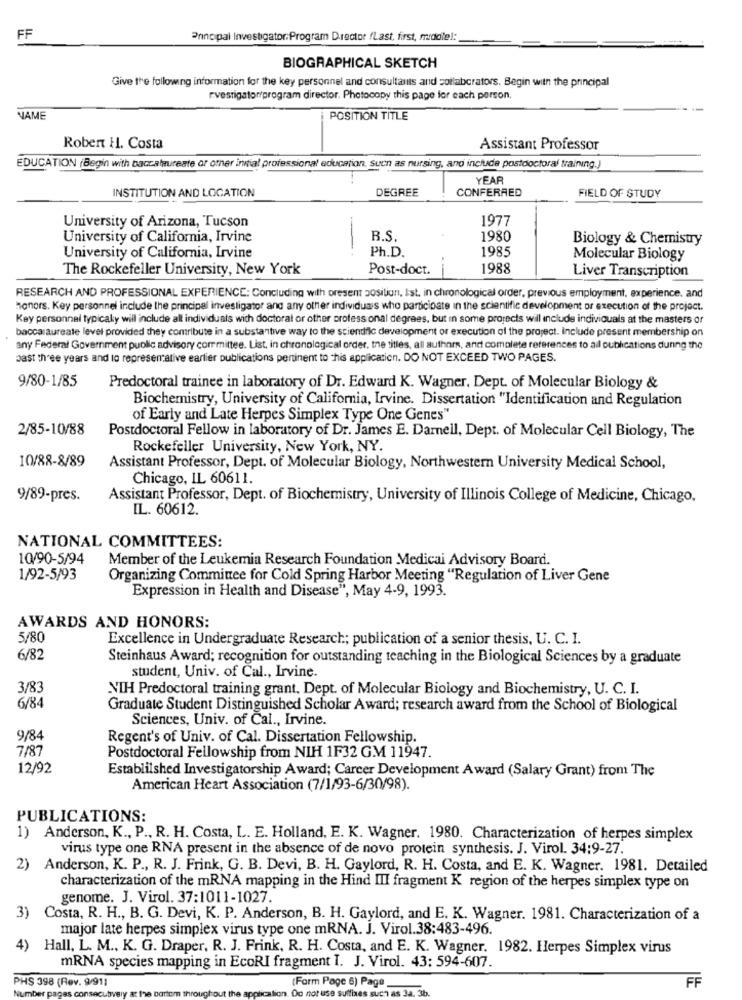
FF
Principal Investigator:Program D.rector fLast, first, middle !:
BIOGRAPHICAL SKETCH
Give the following information for the key personnel and consultants and collaborators. Begin with the principal
rvestigator/program director. Photocopy this page for each person,
NAME
POSITION TITLE
Robert H. Costa
Assistant Professor
EDUCATION (Begin with baccalaureate or omner initial professional education, Such as nursing, and include postdoctoral training.
YEAR
INSTITUTION AND LOCATION
DEGREE
CONFERRED
FIELD OF STUDY
1977
University of Arizona, Tucson
University of California, Irvine
R.S.
1980
Biology & Chemistry
Ph.D.
1985
University of California, Irvine
Molecular Biology
The Rockefeller University, New York
Post-doct.
1988
Liver Transcription
RESEARCH AND PROFESSIONAL EXPERIENCE: Concluding with present position, Ist. in chronological order, previous employment, experience. and
honors. Key personnel include the principal investigator and any other individuals who participate in the scientific development or execution of the project.
Key personnal typicaly will include all individuals with doctoral or other profess onal degrees, but in some projects will include individuals at the masters or
baccalaureate level provided they contribute in a substantive way to the sciendric development or execution of the project. Include present membership on
any Federal Government public advisory committee. List, in chronological order, the titles, all authors, and complete references to ail publications during the
past three years and to representative earlier publications pertinent to this application. DO NOT EXCEED TWO PAGES.
9/80-1/85
Predoctoral trainee in laboratory of Dr. Edward K. Wagner, Dept. of Molecular Biology &
Biochemistry, University of California, Irvine. Dissertation "Identification and Regulation
of Early and Late Herpes Simplex Type One Genes"
2/85-10/88
Postdoctoral Fellow in laboratory of Dr. James E. Darnell, Dept. of Molecular Cell Biology, The
Rockefeller University, New York, NY.
10/88-8/89
Assistant Professor, Dept. of Molecular Biology, Northwestern University Medical School,
Chicago, IL 60611.
9/89-pres.
Assistant Professor, Dept. of Biochemistry, University of Illinois College of Medicine, Chicago,
IL. 60612.
NATIONAL COMMITTEES:
10/90-5/94
Member of the Leukemia Research Foundation Medicai Advisory Board.
1/92-5/93
Organizing Committee for Cold Spring Harbor Meeting "Regulation of Liver Gene
Expression in Health and Disease", May 4-9, 1993.
AWARDS AND HONORS:
5/80
Excellence in Undergraduate Research; publication of a senior thesis, U. C. I.
6/82
Steinhaus Award; recognition for outstanding teaching in the Biological Sciences by a graduate
student, Univ. of Cal ., Irvine.
3/83
NIH Predoctoral training grant, Dept. of Molecular Biology and Biochemistry, U. C. I.
6/84
Graduate Student Distinguished Scholar Award; research award from the School of Biological
Sciences, Univ. of Cal ., Irvine.
9/84
Regent's of Univ. of Cal. Dissertation Fellowship.
7/87
Postdoctoral Fellowship from NIH 1F32 GM 11947.
12/92
Established Investigatorship Award; Career Development Award (Salary Grant) from The
American Heart Association (7/1/93-6/30/98).
PUBLICATIONS:
1) Anderson, K ., P ., R. H. Costa, L. E. Holland, E. K. Wagner. 1980. Characterization of herpes simplex
virus type one RNA present in the absence of de novo protein synthesis. J. Virol. 34:9-27.
2) Anderson, K. P ., R. J. Frink, G. B. Devi, B. H. Gaylord, R. H. Costa, and E. K. Wagner. 1981. Detailed
characterization of the mRNA mapping in the Hind III fragment K region of the herpes simplex type on
genome. J. Virol. 37:1011-1027.
3)
Costa, R. H ., B. G. Devi, K. P. Anderson, B. H. Gaylord, and E. K. Wagner. 1981. Characterization of a
major late herpes simplex virus type one mRNA. J. Virol.38:483-496.
4)
Hall, L. M ., K. G. Draper, R. J. Frink, R. H. Costa, and E. K. Wagner. 1982. Herpes Simplex virus
mRNA species mapping in EcoRI fragment I. J. Virol. 43: 594-607.
PHS 398 (Rev. 9/911
Farm Page 6) Page
FF
Do not us